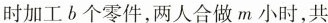
加工b个零件，两人合做m小时，共